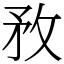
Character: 敄